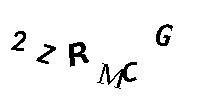
2ZRMCG